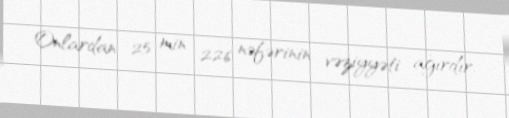
Onlardan 25 min 226 nəfərinin vəziyyəti ağırdır.